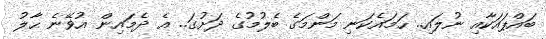
ބައްޕައަކާއި ނުލައި.. ހަމައެކަނި މަންމަގެ ބެލުމުގެ ދަށުގަ.. އެ ދެމައިން އުޥޭނެ ޙާލު